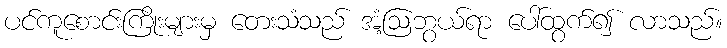
ပင်ကူစောင်းကြိုးများမှ တေးသံသည် အံ့ဩဘွယ်ရာ ပေါ်ထွက်၍ လာသည်။